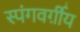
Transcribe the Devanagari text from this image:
स्पंगवर्ग़ीय